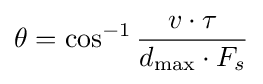
{\theta }=\cos ^{-1}{\frac {v\cdot \tau }{d_{\max }\cdot F_{s}}}